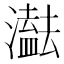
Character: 𤂠